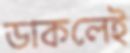
ডাকলেই